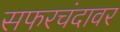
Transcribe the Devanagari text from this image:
सफरचंदावर